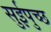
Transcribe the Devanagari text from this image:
सुईपुच्छ